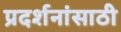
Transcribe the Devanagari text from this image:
प्रदर्शनांसाठी